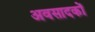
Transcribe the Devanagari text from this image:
अवसादकों